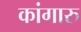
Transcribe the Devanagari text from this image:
कांगारु